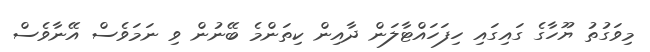
މިވަގުތު ޔޫހާގެ ގައިގައި ހިފަހައްޓާލަން ދާއިން ކިތަންމެ ބޭނުން ވި ނަމަވެސް އޭނާވެސް